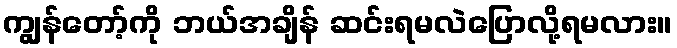
ကျွန်တော့်ကို ဘယ်အချိန် ဆင်းရမလဲပြောလို့ရမလား။